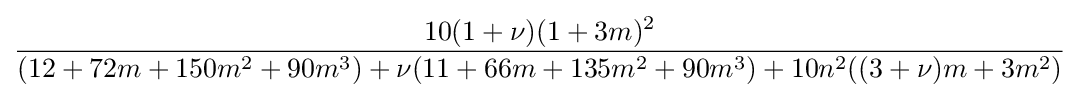
{\frac {10(1+\nu )(1+3m)^{2}}{(12+72m+150m^{2}+90m^{3})+\nu (11+66m+135m^{2}+90m^{3})+10n^{2}((3+\nu )m+3m^{2})}}